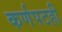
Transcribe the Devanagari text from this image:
कर्णपटही